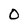
Character: O